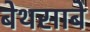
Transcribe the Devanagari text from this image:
बेथसाबे